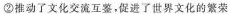
②推动了文化交流互鉴，促进了世界文化的繁荣